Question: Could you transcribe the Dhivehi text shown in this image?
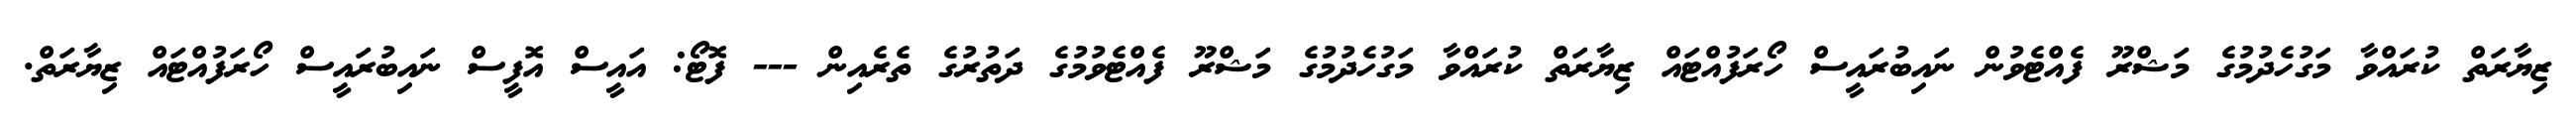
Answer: ޒިޔާރަތް ކުރައްވާ މަގުހެދުމުގެ މަޝްރޫ ފެއްޓެވުން ނައިބުރައީސް ހޯރަފުއްޓައް ޒިޔާރަތް ކުރައްވާ މަގުހެދުމުގެ މަޝްރޫ ފެއްޓެވުމުގެ ދަތުރުގެ ތެރެއިން --- ފޮޓޯ: އައީސް އޮފީސް ނައިބުރައީސް ހޯރަފުއްޓައް ޒިޔާރަތް.